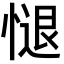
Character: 𢟔